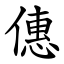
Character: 僡